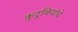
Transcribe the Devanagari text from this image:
कुटुबियांचे